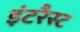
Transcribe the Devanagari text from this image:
इंटरैस्ट